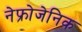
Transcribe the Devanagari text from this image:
नेफ्रोजेनिक